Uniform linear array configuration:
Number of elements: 8
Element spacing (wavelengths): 1
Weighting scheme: cosine
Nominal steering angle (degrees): -30
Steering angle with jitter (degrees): -28.328
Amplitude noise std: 0.05
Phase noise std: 0.05

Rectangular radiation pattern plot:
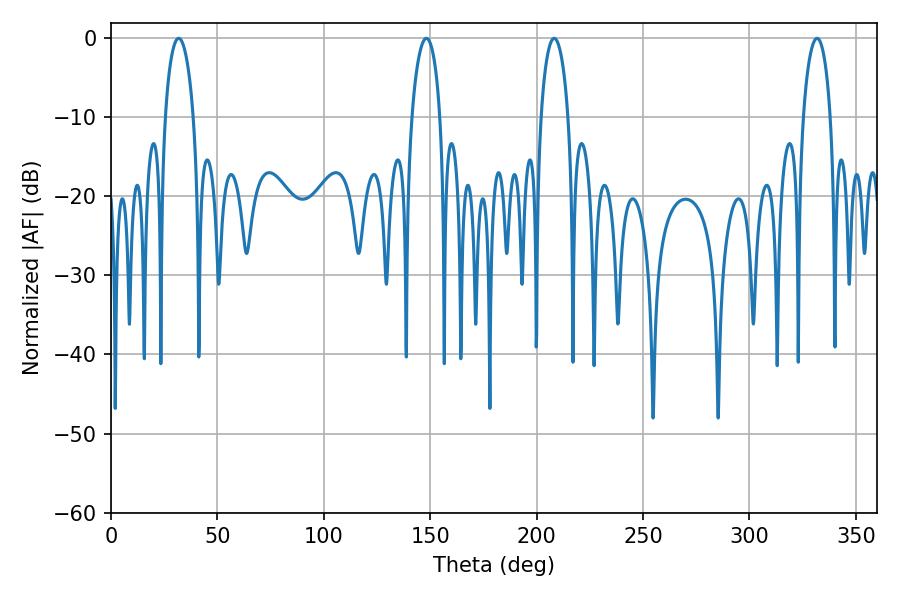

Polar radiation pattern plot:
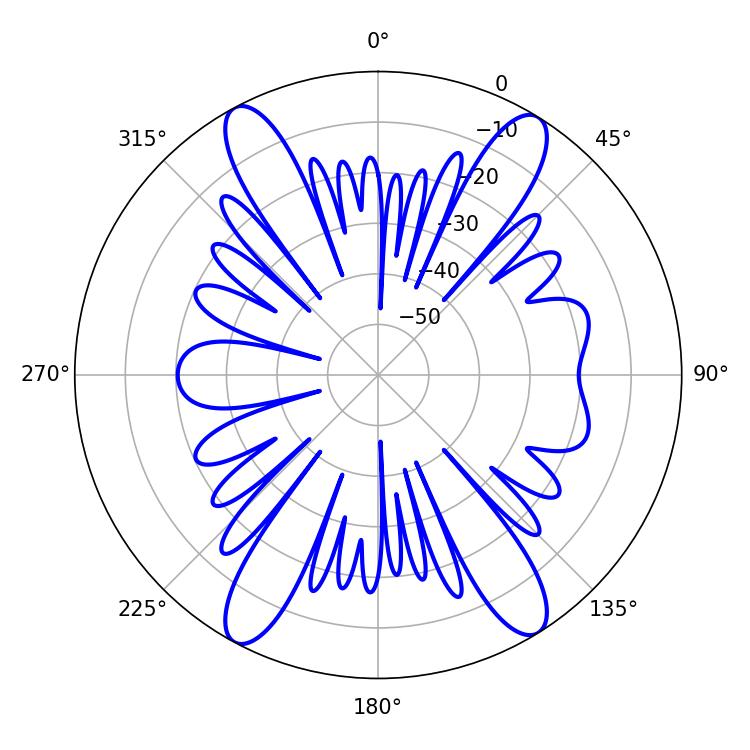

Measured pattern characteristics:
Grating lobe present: TRUE
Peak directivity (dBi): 18.635
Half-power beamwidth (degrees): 7.38
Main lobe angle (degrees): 331.74